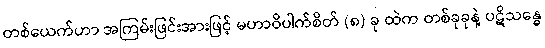
တစ်ယေက်ဟာ အကြမ်းဖြင်းအားဖြင့် မဟာဝိပါက်စိတ် (၈) ခု ထဲက တစ်ခုခုနဲ့ ပဋိသန္ဓေ